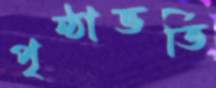
পৃষ্ঠাভর্তি